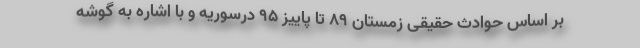
بر اساس حوادث حقیقی زمستان ۸۹ تا پاییز ۹۵ درسوریه و با اشاره به گوشه